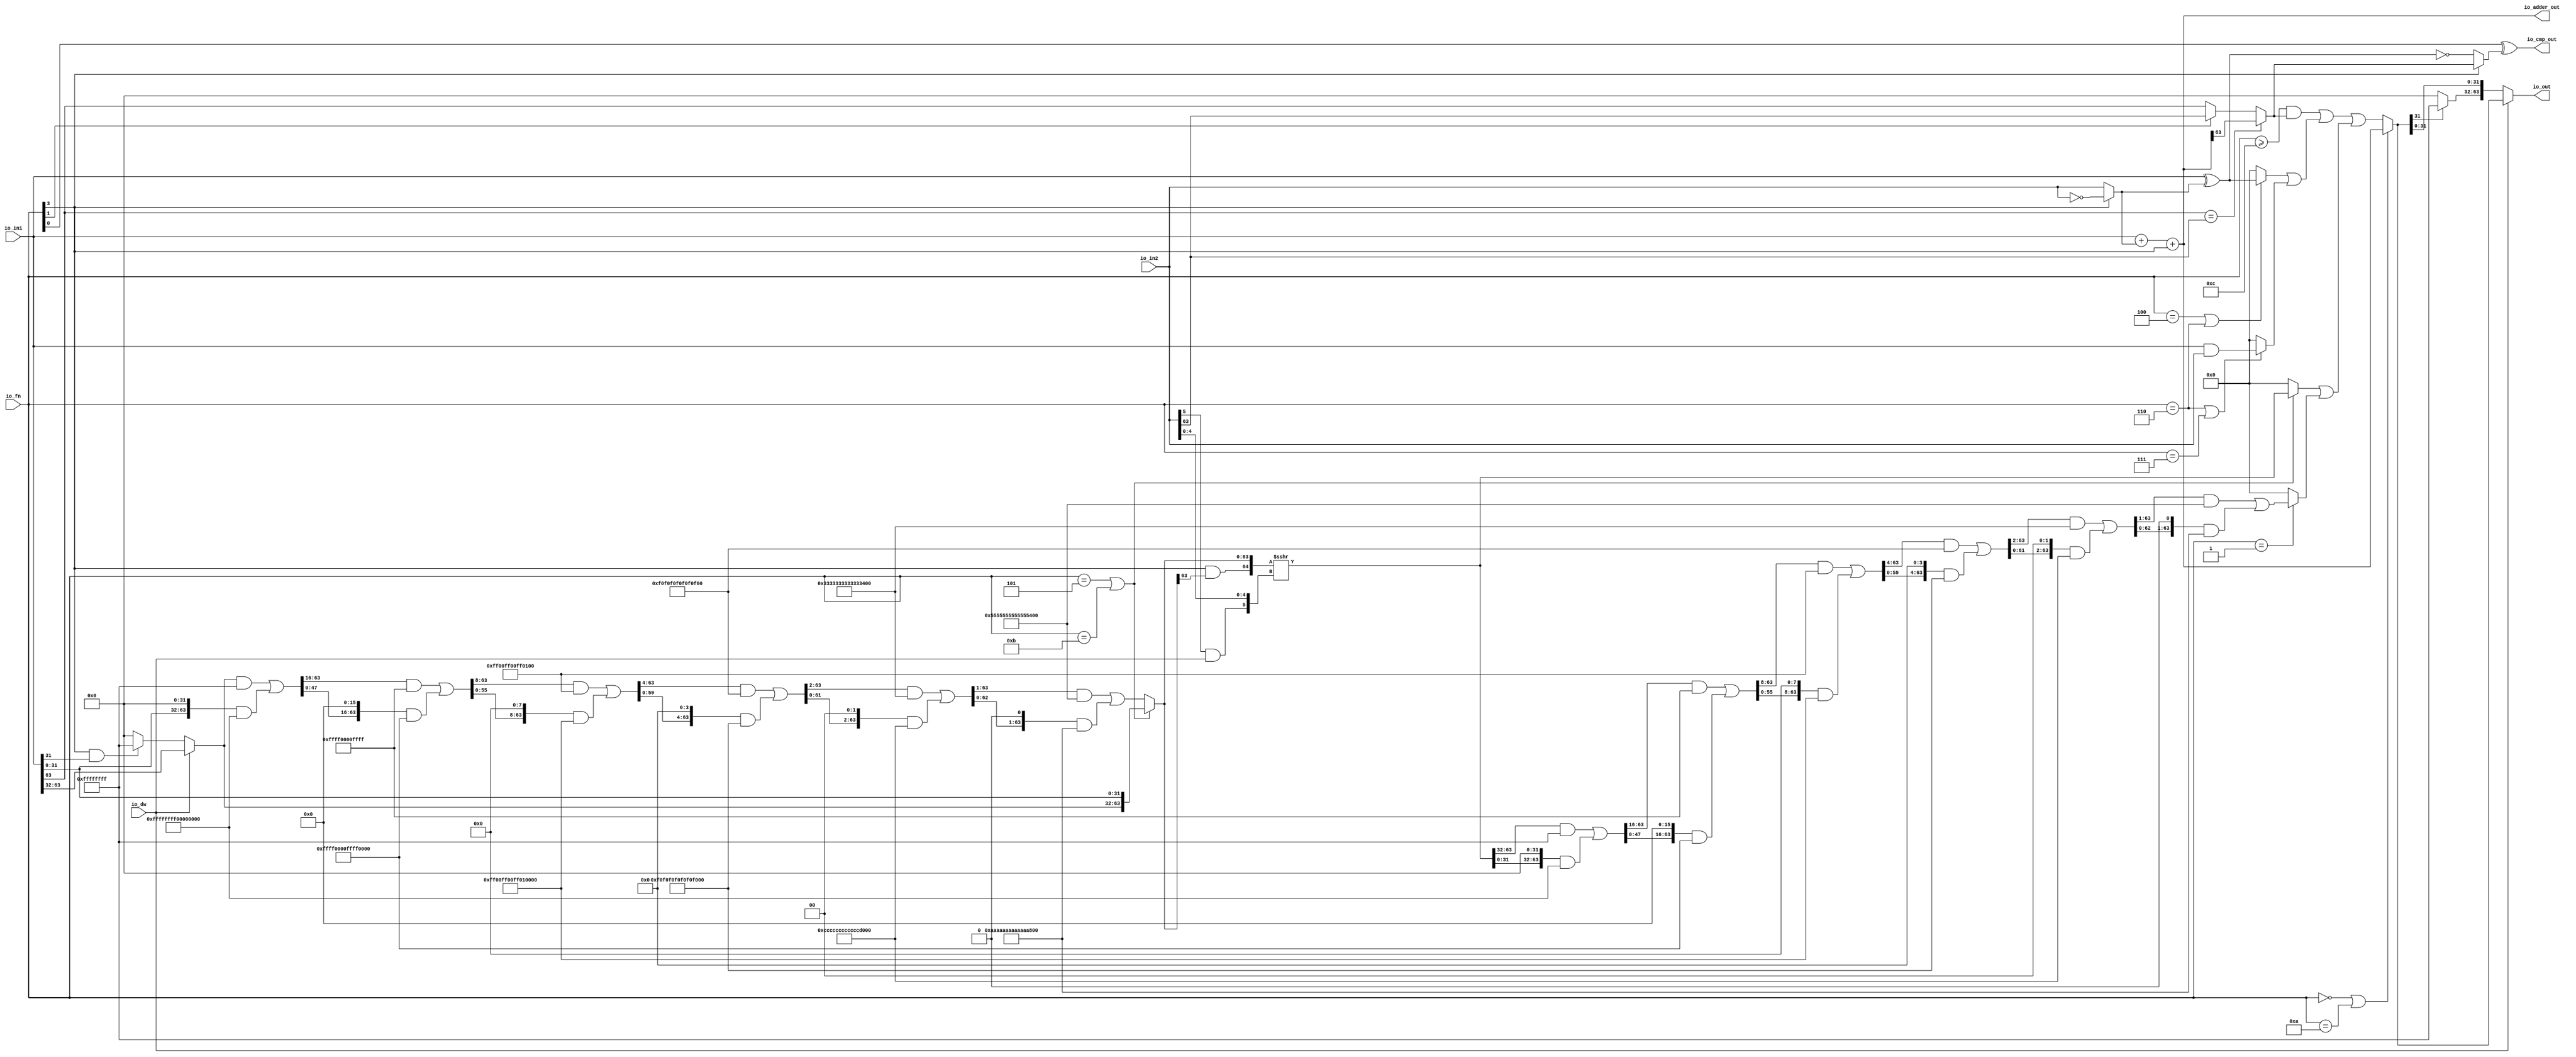
module ALU(
  input         io_dw,
  input  [3:0]  io_fn,
  input  [63:0] io_in2,
  input  [63:0] io_in1,
  output [63:0] io_out,
  output [63:0] io_adder_out,
  output        io_cmp_out
);
  wire [63:0] _in2_inv_T_1 = ~io_in2; // @[ALU.scala 62:35]
  wire [63:0] in2_inv = io_fn[3] ? _in2_inv_T_1 : io_in2; // @[ALU.scala 62:20]
  wire [63:0] in1_xor_in2 = io_in1 ^ in2_inv; // @[ALU.scala 63:28]
  wire [63:0] _io_adder_out_T_1 = io_in1 + in2_inv; // @[ALU.scala 64:26]
  wire [63:0] _GEN_1 = {{63'd0}, io_fn[3]}; // @[ALU.scala 64:36]
  wire  _slt_T_7 = io_fn[1] ? io_in2[63] : io_in1[63]; // @[ALU.scala 69:8]
  wire  slt = io_in1[63] == io_in2[63] ? io_adder_out[63] : _slt_T_7; // @[ALU.scala 68:8]
  wire  _io_cmp_out_T_2 = ~io_fn[3]; // @[ALU.scala 45:26]
  wire  _io_cmp_out_T_4 = _io_cmp_out_T_2 ? in1_xor_in2 == 64'h0 : slt; // @[ALU.scala 70:41]
  wire  _T_2 = io_fn[3] & io_in1[31]; // @[ALU.scala 77:46]
  wire [31:0] _T_4 = _T_2 ? 32'hffffffff : 32'h0; // @[Bitwise.scala 74:12]
  wire [31:0] _T_7 = io_dw ? io_in1[63:32] : _T_4; // @[ALU.scala 78:24]
  wire  _T_10 = io_in2[5] & io_dw; // @[ALU.scala 79:33]
  wire [5:0] shamt = {_T_10,io_in2[4:0]}; // @[Cat.scala 31:58]
  wire [63:0] shin_r = {_T_7,io_in1[31:0]}; // @[Cat.scala 31:58]
  wire  _shin_T_2 = io_fn == 4'h5 | io_fn == 4'hb; // @[ALU.scala 82:35]
  wire [63:0] _GEN_2 = {{32'd0}, shin_r[63:32]}; // @[Bitwise.scala 105:31]
  wire [63:0] _shin_T_6 = _GEN_2 & 64'hffffffff; // @[Bitwise.scala 105:31]
  wire [63:0] _shin_T_8 = {shin_r[31:0], 32'h0}; // @[Bitwise.scala 105:70]
  wire [63:0] _shin_T_10 = _shin_T_8 & 64'hffffffff00000000; // @[Bitwise.scala 105:80]
  wire [63:0] _shin_T_11 = _shin_T_6 | _shin_T_10; // @[Bitwise.scala 105:39]
  wire [63:0] _GEN_3 = {{16'd0}, _shin_T_11[63:16]}; // @[Bitwise.scala 105:31]
  wire [63:0] _shin_T_16 = _GEN_3 & 64'hffff0000ffff; // @[Bitwise.scala 105:31]
  wire [63:0] _shin_T_18 = {_shin_T_11[47:0], 16'h0}; // @[Bitwise.scala 105:70]
  wire [63:0] _shin_T_20 = _shin_T_18 & 64'hffff0000ffff0000; // @[Bitwise.scala 105:80]
  wire [63:0] _shin_T_21 = _shin_T_16 | _shin_T_20; // @[Bitwise.scala 105:39]
  wire [63:0] _GEN_4 = {{8'd0}, _shin_T_21[63:8]}; // @[Bitwise.scala 105:31]
  wire [63:0] _shin_T_26 = _GEN_4 & 64'hff00ff00ff00ff; // @[Bitwise.scala 105:31]
  wire [63:0] _shin_T_28 = {_shin_T_21[55:0], 8'h0}; // @[Bitwise.scala 105:70]
  wire [63:0] _shin_T_30 = _shin_T_28 & 64'hff00ff00ff00ff00; // @[Bitwise.scala 105:80]
  wire [63:0] _shin_T_31 = _shin_T_26 | _shin_T_30; // @[Bitwise.scala 105:39]
  wire [63:0] _GEN_5 = {{4'd0}, _shin_T_31[63:4]}; // @[Bitwise.scala 105:31]
  wire [63:0] _shin_T_36 = _GEN_5 & 64'hf0f0f0f0f0f0f0f; // @[Bitwise.scala 105:31]
  wire [63:0] _shin_T_38 = {_shin_T_31[59:0], 4'h0}; // @[Bitwise.scala 105:70]
  wire [63:0] _shin_T_40 = _shin_T_38 & 64'hf0f0f0f0f0f0f0f0; // @[Bitwise.scala 105:80]
  wire [63:0] _shin_T_41 = _shin_T_36 | _shin_T_40; // @[Bitwise.scala 105:39]
  wire [63:0] _GEN_6 = {{2'd0}, _shin_T_41[63:2]}; // @[Bitwise.scala 105:31]
  wire [63:0] _shin_T_46 = _GEN_6 & 64'h3333333333333333; // @[Bitwise.scala 105:31]
  wire [63:0] _shin_T_48 = {_shin_T_41[61:0], 2'h0}; // @[Bitwise.scala 105:70]
  wire [63:0] _shin_T_50 = _shin_T_48 & 64'hcccccccccccccccc; // @[Bitwise.scala 105:80]
  wire [63:0] _shin_T_51 = _shin_T_46 | _shin_T_50; // @[Bitwise.scala 105:39]
  wire [63:0] _GEN_7 = {{1'd0}, _shin_T_51[63:1]}; // @[Bitwise.scala 105:31]
  wire [63:0] _shin_T_56 = _GEN_7 & 64'h5555555555555555; // @[Bitwise.scala 105:31]
  wire [63:0] _shin_T_58 = {_shin_T_51[62:0], 1'h0}; // @[Bitwise.scala 105:70]
  wire [63:0] _shin_T_60 = _shin_T_58 & 64'haaaaaaaaaaaaaaaa; // @[Bitwise.scala 105:80]
  wire [63:0] _shin_T_61 = _shin_T_56 | _shin_T_60; // @[Bitwise.scala 105:39]
  wire [63:0] shin = io_fn == 4'h5 | io_fn == 4'hb ? shin_r : _shin_T_61; // @[ALU.scala 82:17]
  wire  _shout_r_T_2 = io_fn[3] & shin[63]; // @[ALU.scala 83:35]
  wire [64:0] _shout_r_T_4 = {_shout_r_T_2,shin}; // @[ALU.scala 83:57]
  wire [64:0] _shout_r_T_5 = $signed(_shout_r_T_4) >>> shamt; // @[ALU.scala 83:64]
  wire [63:0] shout_r = _shout_r_T_5[63:0]; // @[ALU.scala 83:73]
  wire [63:0] _GEN_8 = {{32'd0}, shout_r[63:32]}; // @[Bitwise.scala 105:31]
  wire [63:0] _shout_l_T_3 = _GEN_8 & 64'hffffffff; // @[Bitwise.scala 105:31]
  wire [63:0] _shout_l_T_5 = {shout_r[31:0], 32'h0}; // @[Bitwise.scala 105:70]
  wire [63:0] _shout_l_T_7 = _shout_l_T_5 & 64'hffffffff00000000; // @[Bitwise.scala 105:80]
  wire [63:0] _shout_l_T_8 = _shout_l_T_3 | _shout_l_T_7; // @[Bitwise.scala 105:39]
  wire [63:0] _GEN_9 = {{16'd0}, _shout_l_T_8[63:16]}; // @[Bitwise.scala 105:31]
  wire [63:0] _shout_l_T_13 = _GEN_9 & 64'hffff0000ffff; // @[Bitwise.scala 105:31]
  wire [63:0] _shout_l_T_15 = {_shout_l_T_8[47:0], 16'h0}; // @[Bitwise.scala 105:70]
  wire [63:0] _shout_l_T_17 = _shout_l_T_15 & 64'hffff0000ffff0000; // @[Bitwise.scala 105:80]
  wire [63:0] _shout_l_T_18 = _shout_l_T_13 | _shout_l_T_17; // @[Bitwise.scala 105:39]
  wire [63:0] _GEN_10 = {{8'd0}, _shout_l_T_18[63:8]}; // @[Bitwise.scala 105:31]
  wire [63:0] _shout_l_T_23 = _GEN_10 & 64'hff00ff00ff00ff; // @[Bitwise.scala 105:31]
  wire [63:0] _shout_l_T_25 = {_shout_l_T_18[55:0], 8'h0}; // @[Bitwise.scala 105:70]
  wire [63:0] _shout_l_T_27 = _shout_l_T_25 & 64'hff00ff00ff00ff00; // @[Bitwise.scala 105:80]
  wire [63:0] _shout_l_T_28 = _shout_l_T_23 | _shout_l_T_27; // @[Bitwise.scala 105:39]
  wire [63:0] _GEN_11 = {{4'd0}, _shout_l_T_28[63:4]}; // @[Bitwise.scala 105:31]
  wire [63:0] _shout_l_T_33 = _GEN_11 & 64'hf0f0f0f0f0f0f0f; // @[Bitwise.scala 105:31]
  wire [63:0] _shout_l_T_35 = {_shout_l_T_28[59:0], 4'h0}; // @[Bitwise.scala 105:70]
  wire [63:0] _shout_l_T_37 = _shout_l_T_35 & 64'hf0f0f0f0f0f0f0f0; // @[Bitwise.scala 105:80]
  wire [63:0] _shout_l_T_38 = _shout_l_T_33 | _shout_l_T_37; // @[Bitwise.scala 105:39]
  wire [63:0] _GEN_12 = {{2'd0}, _shout_l_T_38[63:2]}; // @[Bitwise.scala 105:31]
  wire [63:0] _shout_l_T_43 = _GEN_12 & 64'h3333333333333333; // @[Bitwise.scala 105:31]
  wire [63:0] _shout_l_T_45 = {_shout_l_T_38[61:0], 2'h0}; // @[Bitwise.scala 105:70]
  wire [63:0] _shout_l_T_47 = _shout_l_T_45 & 64'hcccccccccccccccc; // @[Bitwise.scala 105:80]
  wire [63:0] _shout_l_T_48 = _shout_l_T_43 | _shout_l_T_47; // @[Bitwise.scala 105:39]
  wire [63:0] _GEN_13 = {{1'd0}, _shout_l_T_48[63:1]}; // @[Bitwise.scala 105:31]
  wire [63:0] _shout_l_T_53 = _GEN_13 & 64'h5555555555555555; // @[Bitwise.scala 105:31]
  wire [63:0] _shout_l_T_55 = {_shout_l_T_48[62:0], 1'h0}; // @[Bitwise.scala 105:70]
  wire [63:0] _shout_l_T_57 = _shout_l_T_55 & 64'haaaaaaaaaaaaaaaa; // @[Bitwise.scala 105:80]
  wire [63:0] shout_l = _shout_l_T_53 | _shout_l_T_57; // @[Bitwise.scala 105:39]
  wire [63:0] _shout_T_3 = _shin_T_2 ? shout_r : 64'h0; // @[ALU.scala 85:18]
  wire [63:0] _shout_T_5 = io_fn == 4'h1 ? shout_l : 64'h0; // @[ALU.scala 86:18]
  wire [63:0] shout = _shout_T_3 | _shout_T_5; // @[ALU.scala 85:70]
  wire  _logic_T_1 = io_fn == 4'h6; // @[ALU.scala 89:45]
  wire [63:0] _logic_T_3 = io_fn == 4'h4 | io_fn == 4'h6 ? in1_xor_in2 : 64'h0; // @[ALU.scala 89:18]
  wire [63:0] _logic_T_7 = io_in1 & io_in2; // @[ALU.scala 90:63]
  wire [63:0] _logic_T_8 = _logic_T_1 | io_fn == 4'h7 ? _logic_T_7 : 64'h0; // @[ALU.scala 90:18]
  wire [63:0] logic_ = _logic_T_3 | _logic_T_8; // @[ALU.scala 89:74]
  wire  _shift_logic_T = io_fn >= 4'hc; // @[ALU.scala 42:30]
  wire  _shift_logic_T_1 = _shift_logic_T & slt; // @[ALU.scala 91:35]
  wire [63:0] _GEN_14 = {{63'd0}, _shift_logic_T_1}; // @[ALU.scala 91:43]
  wire [63:0] _shift_logic_T_2 = _GEN_14 | logic_; // @[ALU.scala 91:43]
  wire [63:0] shift_logic = _shift_logic_T_2 | shout; // @[ALU.scala 91:51]
  wire [63:0] out = io_fn == 4'h0 | io_fn == 4'ha ? io_adder_out : shift_logic; // @[ALU.scala 92:16]
  wire [31:0] _io_out_T_2 = out[31] ? 32'hffffffff : 32'h0; // @[Bitwise.scala 74:12]
  wire [63:0] _io_out_T_4 = {_io_out_T_2,out[31:0]}; // @[Cat.scala 31:58]
  assign io_out = ~io_dw ? _io_out_T_4 : out; // @[ALU.scala 94:10 97:{28,37}]
  assign io_adder_out = _io_adder_out_T_1 + _GEN_1; // @[ALU.scala 64:36]
  assign io_cmp_out = io_fn[0] ^ _io_cmp_out_T_4; // @[ALU.scala 70:36]
endmodule